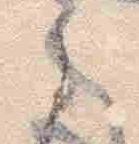
之